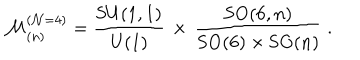
\mathcal { M } _ { ( n ) } ^ { ( \mathcal { N } = 4 ) } = \frac { \mathrm { S U } ( 1 , 1 ) } { \mathrm { U } ( 1 ) } \, \times \, \frac { \mathrm { S O } ( 6 , n ) } { \mathrm { S O } ( 6 ) \times \mathrm { S O } ( n ) } ~ .